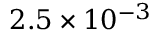
2 . 5 \times 1 0 ^ { - 3 }